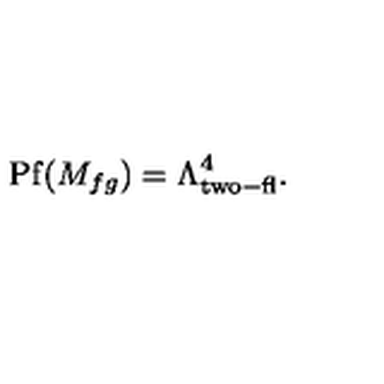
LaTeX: \mathrm { P f } ( M _ { f g } ) = \Lambda _ { \mathrm { t w o - f l } } ^ { 4 } .